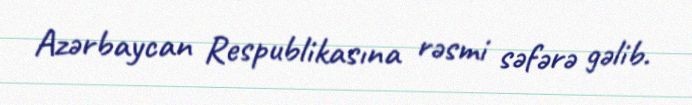
Azərbaycan Respublikasına rəsmi səfərə gəlib.